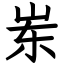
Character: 岽